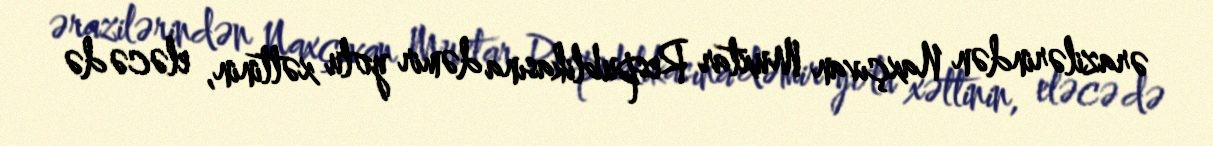
ərazilərindən Naxçıvan Muxtar Respublikasına dəmir yolu xəttinin, eləcə də